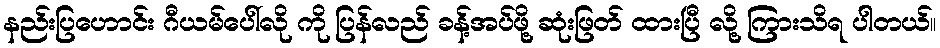
နည်းပြဟောင်း ဂီယမ်ပေါ်လို ကို ပြန်လည် ခန့်အပ်ဖို့ ဆုံးဖြတ် ထားပြီ လို့ ကြားသိရ ပါတယ်။